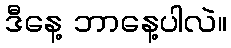
ဒီနေ့ ဘာနေ့ပါလဲ။